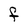
Character: F